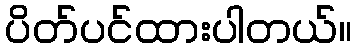
ပိတ်ပင်ထားပါတယ်။